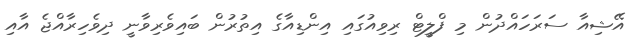
އޭޝިއާ ސަރަހައްދުން މި ފްލީޓް ރިވިއުގައި އިންޑިއާގެ އިތުރުން ބައިވެރިވާނީ ދިވެހިރާއްޖެ އާއި